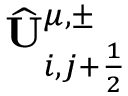
\widehat { \mathbf { U } } _ { i , j + \frac { 1 } { 2 } } ^ { \mu , \pm }